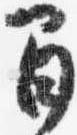
間